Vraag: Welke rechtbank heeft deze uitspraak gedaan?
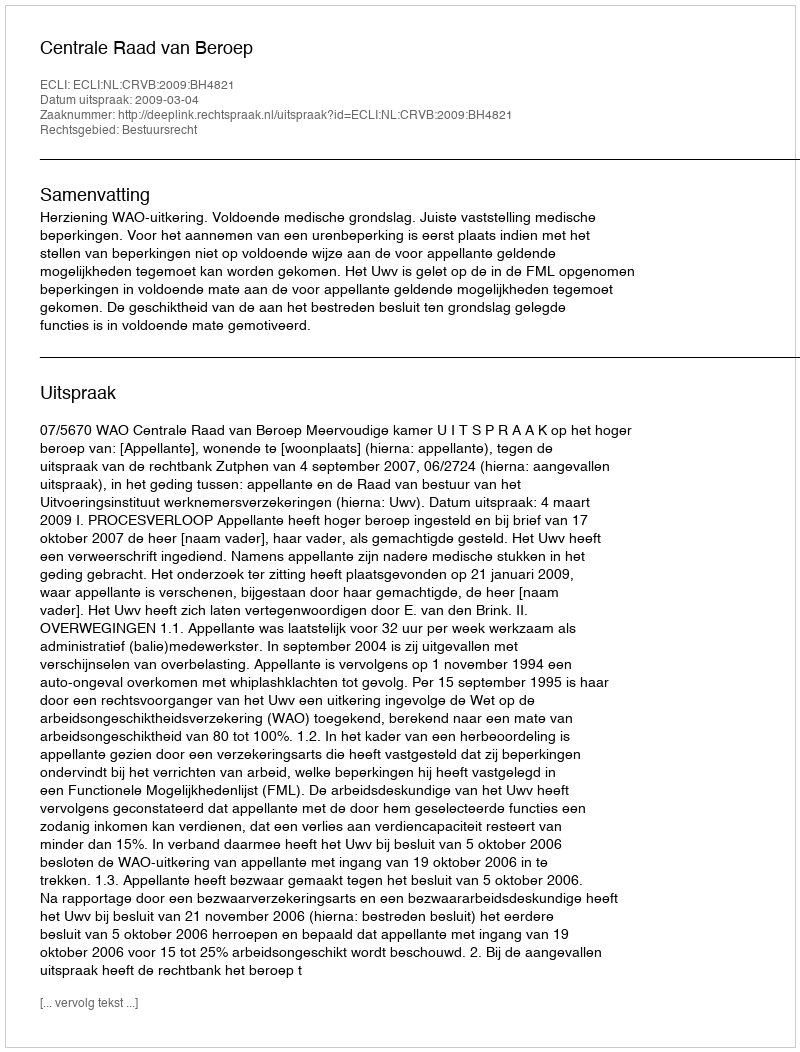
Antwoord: Centrale Raad van Beroep